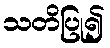
သတိပြု၍